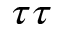
\tau \tau